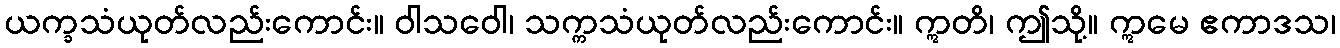
ယက္ခသံယုတ်လည်းကောင်း။ ဝါသဝေါ၊ သက္ကသံယုတ်လည်းကောင်း။ ဣတိ၊ ဤသို့။ ဣမေ ဧကာဒသ၊